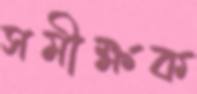
সমীক্ষক